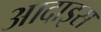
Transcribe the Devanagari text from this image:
आदाइस